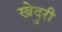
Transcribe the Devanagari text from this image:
खेदुरी